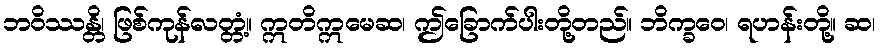
ဘဝိဿန္တိ၊ ဖြစ်ကုန်လတ္တံ့။ ဣတိဣမေဆ၊ ဤခြောက်ပါးတို့တည်။ ဘိက္ခဝေ၊ ရဟန်းတို့။ ဆ၊